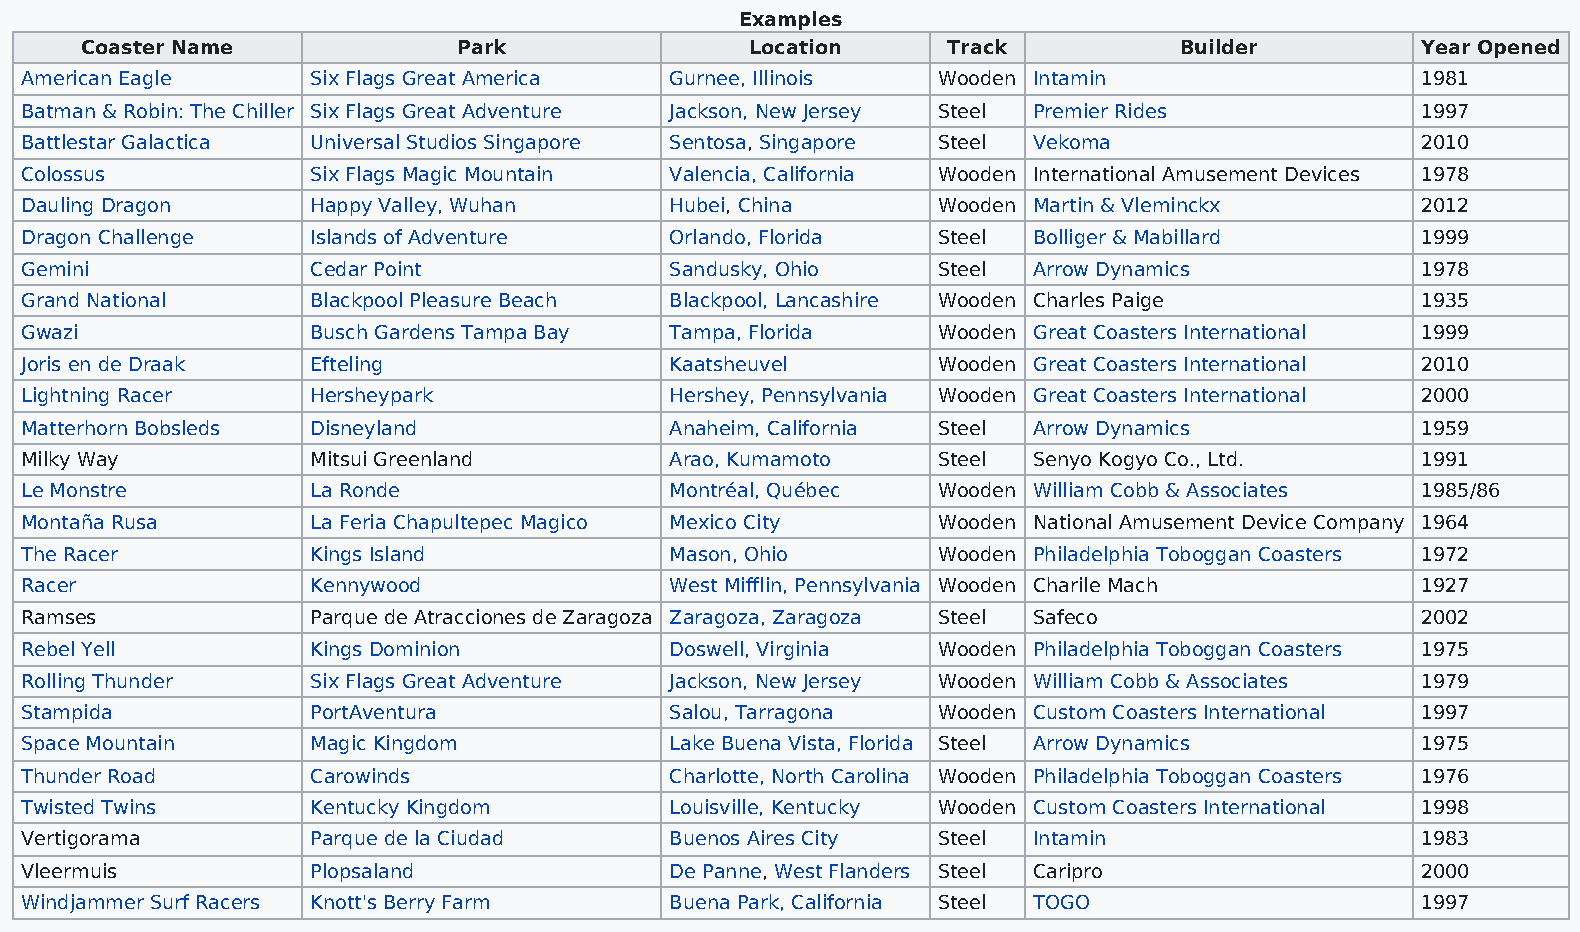
Examples
 Coaster Name             Park                Location     Track          Builder         Year Opened
 American Eagle      Six Flags Great America Gurnee, Illinois Wooden Intamin                  1981
 Batman & Robin: The Chiller Six Flags Great Adventure Jackson, New Jersey Steel Premier Rides 1997
 Battlestar Galactica Universal Studios Singapore Sentosa, Singapore Steel Vekoma             2010
 Colossus            Six Flags Magic Mountain Valencia, California Wooden International Amusement Devices 1978
 Dauling Dragon      Happy Valley, Wuhan    Hubei, China      Wooden Martin & Vleminckx       2012
 Dragon Challenge    Islands of Adventure   Orlando, Florida  Steel Bolliger & Mabillard      1999
 Gemini              Cedar Point            Sandusky, Ohio    Steel Arrow Dynamics            1978
 Grand National      Blackpool Pleasure Beach Blackpool, Lancashire Wooden Charles Paige      1935
 Gwazi               Busch Gardens Tampa Bay Tampa, Florida   Wooden Great Coasters International 1999
 Joris en de Draak   Efteling               Kaatsheuvel       Wooden Great Coasters International 2010
 Lightning Racer     Hersheypark            Hershey, Pennsylvania Wooden Great Coasters International 2000
 Matterhorn Bobsleds Disneyland             Anaheim, California Steel Arrow Dynamics          1959
 Milky Way           Mitsui Greenland       Arao, Kumamoto    Steel Senyo Kogyo Co., Ltd.     1991
 Le Monstre          La Ronde               Montréal, Québec  Wooden William Cobb & Associates 1985/86
 Montaña Rusa        La Feria Chapultepec Magico Mexico City  Wooden National Amusement Device Company 1964
 The Racer           Kings Island           Mason, Ohio       Wooden Philadelphia Toboggan Coasters 1972
 Racer               Kennywood              West Mifflin, Pennsylvania Wooden Charile Mach    1927
 Ramses              Parque de Atracciones de Zaragoza Zaragoza, Zaragoza Steel Safeco        2002
 Rebel Yell          Kings Dominion         Doswell, Virginia Wooden Philadelphia Toboggan Coasters 1975
 Rolling Thunder     Six Flags Great Adventure Jackson, New Jersey Wooden William Cobb & Associates 1979
 Stampida            PortAventura           Salou, Tarragona  Wooden Custom Coasters International 1997
 Space Mountain      Magic Kingdom          Lake Buena Vista, Florida Steel Arrow Dynamics    1975
 Thunder Road        Carowinds              Charlotte, North Carolina Wooden Philadelphia Toboggan Coasters 1976
 Twisted Twins       Kentucky Kingdom       Louisville, Kentucky Wooden Custom Coasters International 1998
 Vertigorama         Parque de la Ciudad    Buenos Aires City Steel Intamin                   1983
 Vleermuis           Plopsaland             De Panne, West Flanders Steel Caripro             2000
 Windjammer Surf Racers Knott's Berry Farm  Buena Park, California Steel TOGO                 1997